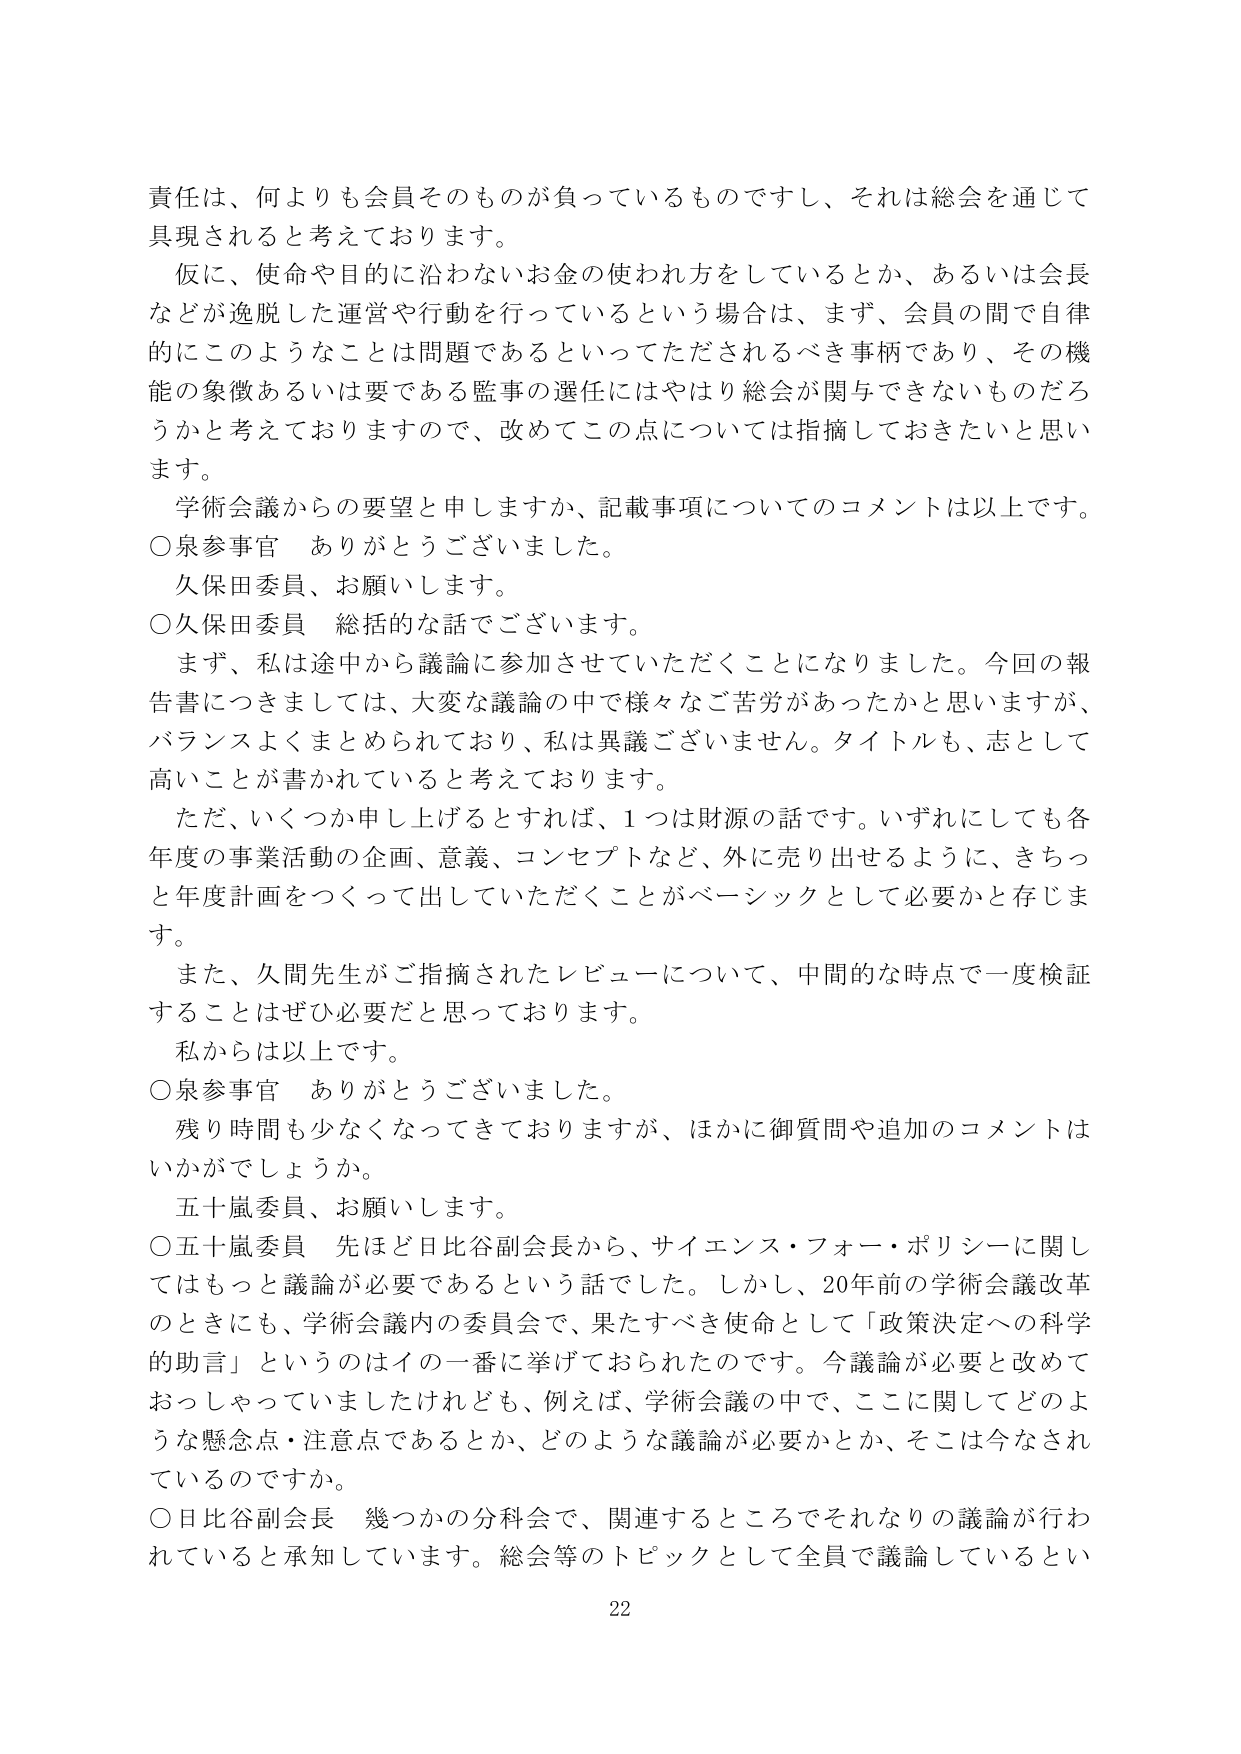
責任は、何よりも会員そのものが負っているものですし、それは総会を通じて具現されると考えております。

仮に、使命や目的に沿わないお金の使われ方をしているとか、あるいは会長などが逸脱した運営や行動を行っているという場合は、まず、会員の間で自律的にこのようなことは問題であるといってただされるべき事柄であり、その機能の象徴あるいは要である監事の選任にはやはり総会が関与できないものだろうかと考えておりますので、改めてこの点については指摘しておきたいと思います。

学術会議からの要望と申しますか、記載事項についてのコメントは以上です。

○泉参事官　ありがとうございました。

久保田委員、お願いします。

○久保田委員　総括的な話でございます。

まず、私は途中から議論に参加させていただくことになりました。今回の報告書につきましては、大変な議論の中で様々なご苦労があったかと思いますが、バランスよくまとめられており、私は異議ございません。タイトルも、志として高いことが書かれていると考えております。

ただ、いくつか申し上げるとすれば、1つは財源の話です。いずれにしても各年度の事業活動の企画、意義、コンセプトなど、外に売り出せるように、きちっと年度計画をつくって出していただくことがベーシックとして必要かと存じます。

また、久間先生がご指摘されたレビューについて、中間的な時点で一度検証することはぜひ必要だと思っております。

私からは以上です。

○泉参事官　ありがとうございました。

残り時間も少なくなってきておりますが、ほかに御質問や追加のコメントはいかがでしょうか。

五十嵐委員、お願いします。

○五十嵐委員　先ほど日比谷副会長から、サイエンス・フォー・ポリシーに関してはもっと議論が必要であるという話でした。しかし、20年前の学術会議改革のときにも、学術会議内の委員会で、果たすべき使命として「政策決定への科学的助言」というのはイの一番に挙げておられたのです。今議論が必要と改めておっしゃっておられましたけれども、例えば、学術会議の中で、ここに関してどのような懸念点・注意点であるとか、どのような議論が必要かとか、そこは今なされているのですか。

○日比谷副会長　幾つかの分科会で、関連するところでそれなりの議論が行われていると承知しています。総会等のトピックとして全員で議論しているとい

22